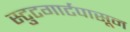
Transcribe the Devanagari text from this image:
स्टुटगार्टपासून